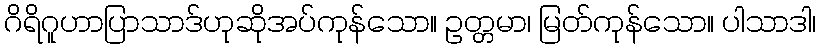
ဂိရိဂူဟာပြာသာဒ်ဟုဆိုအပ်ကုန်သော။ ဥတ္တမာ၊ မြတ်ကုန်သော။ ပါသာဒါ၊